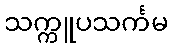
သက္ကူပသင်္ကမ